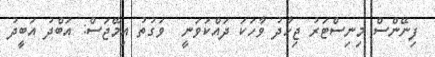
ފިނޭންސް މިނިސްޓަރު ޖިހާދު ވާހަކަ ދައްކަވަނީ  ވަގުތު އިމޭޖަސް: އަބްދު އަބީދު